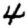
Digit: 4